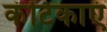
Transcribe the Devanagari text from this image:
कंटिकाएं